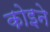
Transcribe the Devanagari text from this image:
कोइने